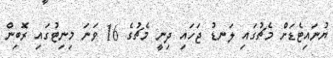
ޔުނައިޓެޑަށް މެޗުގައި ލަނޑު ޖަހައި ދިނީ މެޗުގެ 16 ވަނަ މިނިޓުގައި ރޮބިން